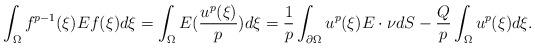
LaTeX: \begin{align*} &\int_\Omega f^{p-1}(\xi) Ef(\xi)d\xi=\int_\Omega E(\frac {u^p(\xi)}p) d\xi=\frac 1p\int_{\partial\Omega}u^p(\xi) E\cdot\nu dS-\frac Qp\int_\Omega u^p(\xi) d\xi.\end{align*}